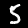
Digit: 5